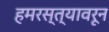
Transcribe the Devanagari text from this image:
हमरस्त्यावरून